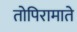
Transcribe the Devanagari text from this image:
तोपिरामाते